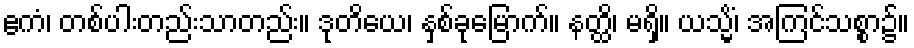
ဧကံ၊ တစ်ပါးတည်းသာတည်း။ ဒုတိယေ၊ နှစ်ခုမြောက်။ နတ္ထိ၊ မရှိ။ ယသ္မိံ၊ အကြင်သစ္စာ၌။